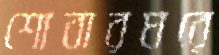
শোবারঘরে